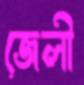
জেলী